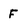
Character: f